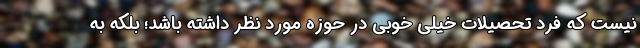
نیست که فرد تحصیلات خیلی خوبی در حوزه مورد نظر داشته باشد؛ بلکه به